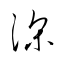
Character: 深